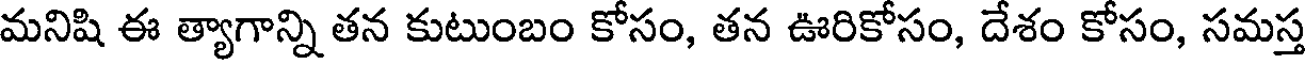
మనిషి ఈ త్యాగాన్ని తన కుటుంబం కోసం, తన ఊరికోసం, దేశం కోసం, సమస్త